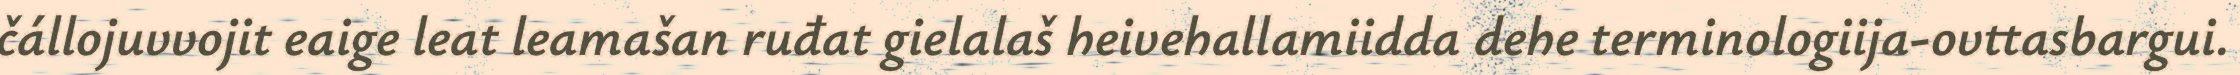
čállojuvvojit eaige leat leamašan ruđat gielalaš heivehallamiidda dehe terminologiija-ovttasbargui.